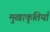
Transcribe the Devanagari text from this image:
मुखाकृतियाँ